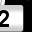
Digit: 2